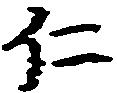
仁